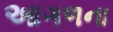
આગળના